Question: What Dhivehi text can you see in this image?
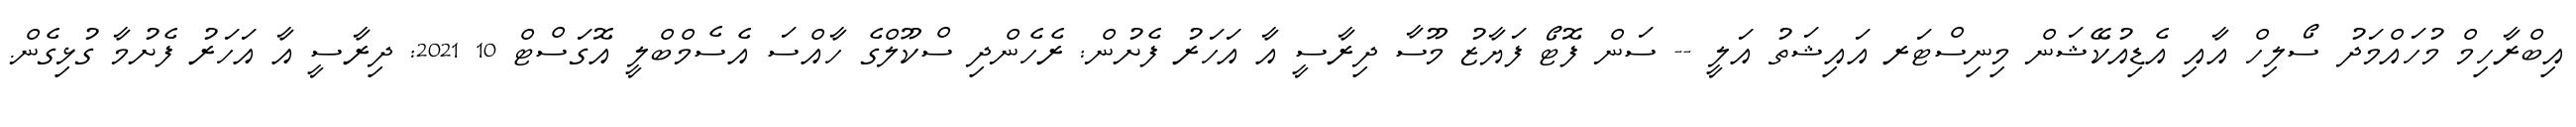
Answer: އިބްރާހިމް މުހައްމަދު ސޯލިހް އާއި އެޑިއުކޭޝަން މިނިސްޓަރ އައިޝަތު އަލީ -- ސަން ފޮޓޯ ފަޔާޒު މޫސާ ދިރާސީ އާ އަހަރު ފެށުން: ރެހެންދި ސްކޫލްގެ ހާއްސަ އެސެމްބްލީ އޮގަސްޓް 10 2021: ދިރާސީ އާ އަހަރު ފެށުމާ ގުޅިގެން.